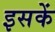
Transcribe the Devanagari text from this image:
इसकें